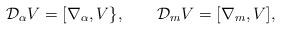
LaTeX: \begin{align*}{\cal D}_\alpha V=[\nabla_\alpha,V\}, \qquad{\cal D}_mV=[\nabla_m,V],\end{align*}